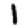
Digit: 1